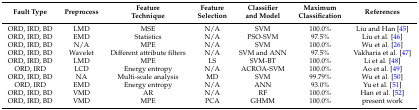
| Fault Type | Preprocess | Feature Technique | Feature Selection | Classifier and Model | Maximum Classification | References |
 | --- | --- | --- | --- | --- | --- | --- |
 | ORD, IRD, BD | LMD | MSE | N/A | SVM | 100.0% | Liu and Han [45] |
 | ORD, IRD, BD | EMD | Statistics | N/A | PSO-SVM | 97.5% | Liu et al. [46] |
 | ORD, IRD, BD | N/A | MPE | N/A | SVM | 100.0% | Wu et al. [26] |
 | ORD, IRD, BD | Wavelet | Different attribute filters | N/A | SVM and ANN | 97.5% | Vakharia et al. [47] |
 | ORD, IRD, BD | LMD | MPE | LS | SVM-BT | 100.0% | Li et al. [48] |
 | ORD, IRD | LCD | Energy entropy | N/A | ACROA-SVM | 100.0% | Ao et al. [49] |
 | ORD, IRD, BD | NA | Multi-scale analysis | MD | SVM | 99.79% | Wu et al. [50] |
 | ORD, IRD | EMD | Energy entropy | N/A | ANN | 93.0% | Yu et al. [51] |
 | ORD, IRD, BD | VMD | AR | N/A | RF | 100.0% | Han et al. [52] |
 | ORD, IRD, BD | VMD | MPE | PCA | GHMM | 100.0% | present work |